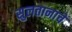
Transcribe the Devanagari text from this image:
सुलतानाचे